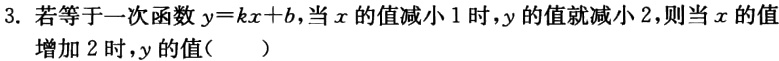
3. 若等于一次函数$y = kx + b$，当$x$的值减小$1$时，$y$的值就减小$2$，则当$x$的值增加$2$时，$y$的值(  )